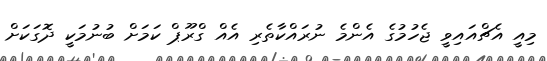
މިއީ އެޗްއައިވީ ޖެހުމުގެ އެންމެ ނުރައްކާތެރި އެއް ގްރޫޕް ކަމަށް ބުނުމަކީ ދޮގަކަށް